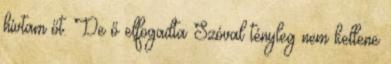
hívtam őt. De ő elfogadta Szóval tényleg nem kellene